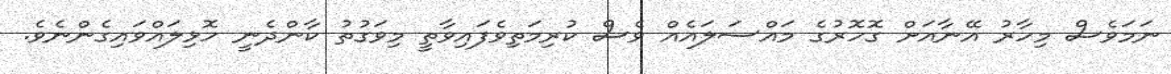
ނަމަވެސް މިހާރު އޭނާއަށް ގޮހޮރުގެ މައްސަލައެއް ވެސް ކުރިމަތިވެފައިވާތީ މިވަގުތު ކާންދެނީ ހޮޅިލައްވައިގެންނެވެ.